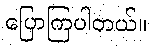
ပြောကြပါတယ်။